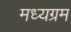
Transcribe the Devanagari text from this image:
मध्यग्रम